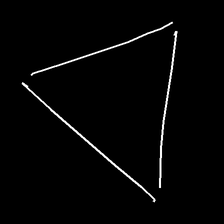
Glyph: convergence